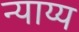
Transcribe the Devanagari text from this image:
न्‍याय्य